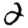
Digit: 2